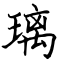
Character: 璃